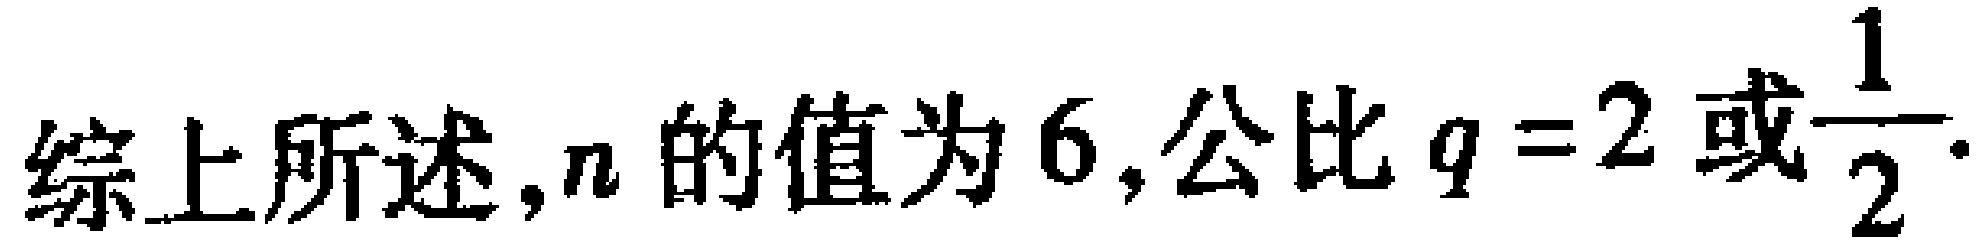
综上所述,$n$的值为$6$,公比$q = 2$或$\dfrac{1}{2}$.